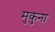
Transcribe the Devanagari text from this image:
मुकुना